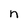
Character: n